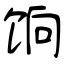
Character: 饷